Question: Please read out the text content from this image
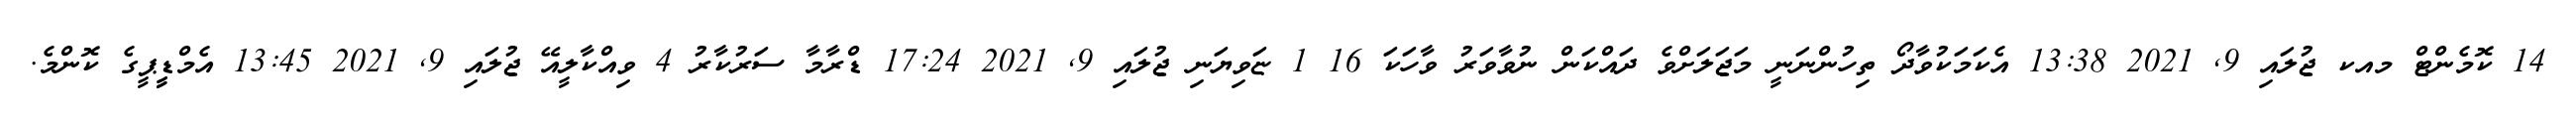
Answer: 14 ކޮމެންޓް މއކ ޖުލައި 9, 2021 13:38 އެކަމަކުވާދޯ ތިހުންނަނީ މަޖަލަށްވެ ދައްކަން ނުވާވަރު ވާހަކަ 16 1 ޏަވިޔަނި ޖުލައި 9, 2021 17:24 ޑްރާމާ ސަރުކާރު 4 ވިއްކާލީއޭ ޖުލައި 9, 2021 13:45 އެމްޑީީޕީގެ ކޮންމެ.